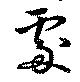
處